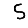
Digit: 5